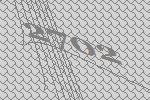
2702